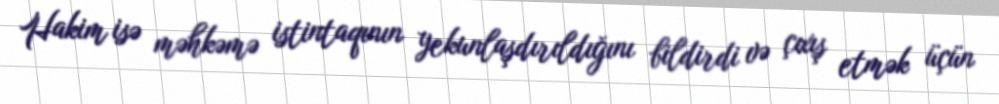
Hakim isə məhkəmə istintaqının yekunlaşdırıldığını bildirdi və çıxış etmək üçün